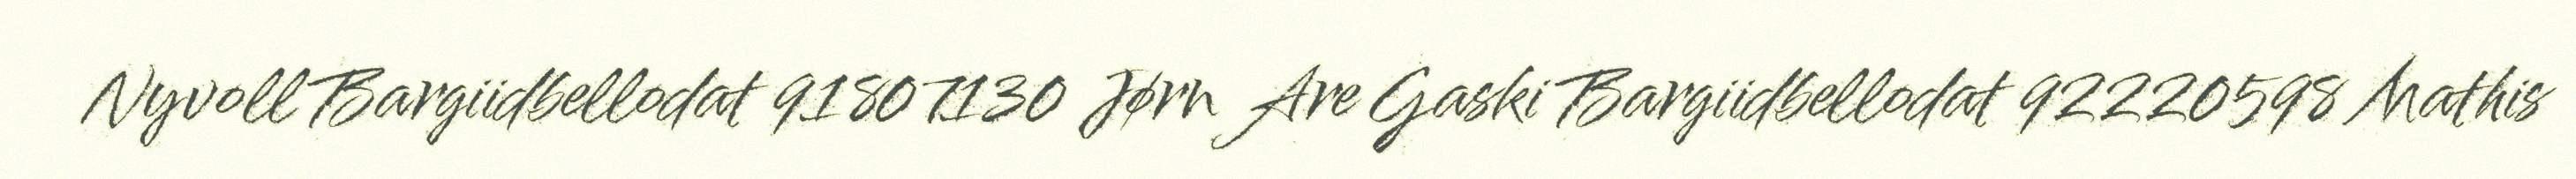
Nyvoll Bargiidbellodat 91807130 Jørn Are Gaski Bargiidbellodat 92220598 Mathis